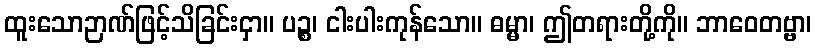
ထူးသောဉာဏ်ဖြင့်သိခြင်းငှာ။ ပဉ္စ၊ ငါးပါးကုန်သော။ ဓမ္မာ၊ ဤတရားတို့ကို။ ဘာဝေတဗ္ဗာ၊